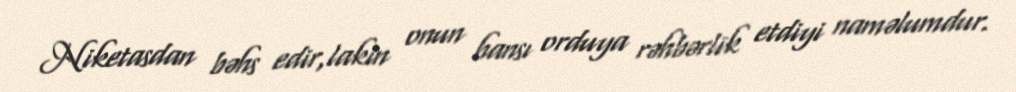
Niketasdan bəhs edir,lakin onun hansı orduya rəhbərlik etdiyi naməlumdur.